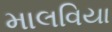
માલવિયા